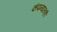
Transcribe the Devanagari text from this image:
कंपन्यांतही